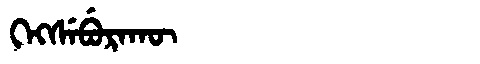
Manchu: ᡴᡝᡴᠰᡝᠪᡠᡵᠠᡴᡡ
Romanization: KEKSEBURAKŪ